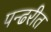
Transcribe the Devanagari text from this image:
पन्ढरीत